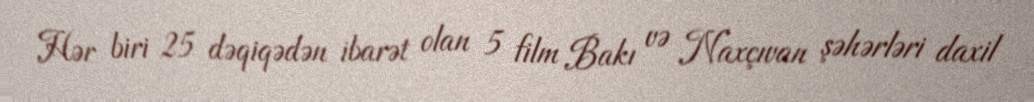
Hər biri 25 dəqiqədən ibarət olan 5 film Bakı və Naxçıvan şəhərləri daxil